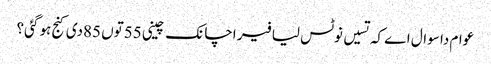
عوام دا سوال اے کہ تسیں نوٹس لیا فیر اچانک چینی 55توں 85دی کنج ہو گئی؟